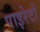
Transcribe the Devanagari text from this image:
पाइरेटों